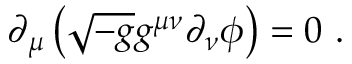
\partial _ { \mu } \left( \sqrt { - g } g ^ { \mu \nu } \partial _ { \nu } \phi \right) = 0 \ .